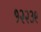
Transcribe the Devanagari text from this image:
१२२३९